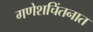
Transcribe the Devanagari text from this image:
गणेशचिंतनात